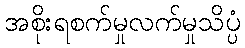
အစိုးရစက်မှုလက်မှုသိပ္ပံ